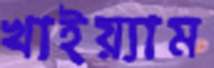
খাইয়্যাম